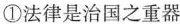
①法律是治国之重器